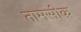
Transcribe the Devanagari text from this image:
तामसीक